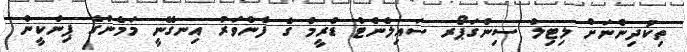
ތިކުދިންނަށް ލިޓިލް ސިންގަޕޯރ ސައިލެންޓް ޑްރީމް ގެ ފެންވަރު އިނގޭނީ މަމެންގެ ޕިންކީން